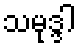
သမုဒ္ဒါ